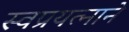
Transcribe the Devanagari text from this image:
स्वप्रयत्नाने